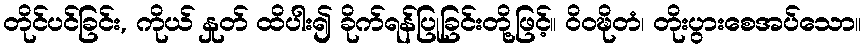
တိုင်ပင်ခြင်း, ကိုယ် နှုတ် ထိပါး၍ ခိုက်ရန်ပြုခြင်းတို့ဖြင့်။ ဝိဝဍ္ဎိတံ၊ တိုးပွားစေအပ်သော။